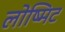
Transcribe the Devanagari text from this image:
लोष्मिट